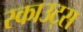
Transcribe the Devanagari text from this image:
स्‍काउट्स